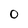
Character: O